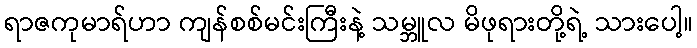
ရာဇကုမာရ်ဟာ ကျန်စစ်မင်းကြီးနဲ့ သမ္ဘူလ မိဖုရားတို့ရဲ့ သားပေါ့။